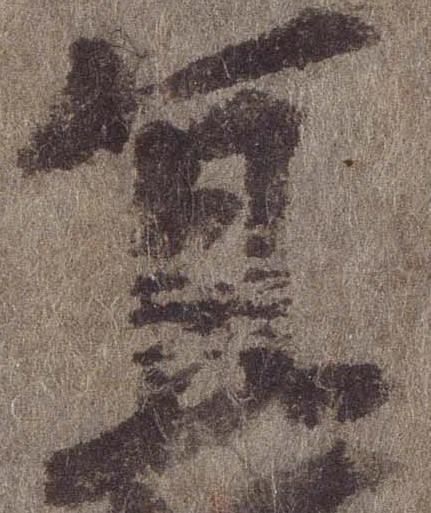
宜